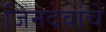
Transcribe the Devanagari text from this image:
जिनदेवांचे